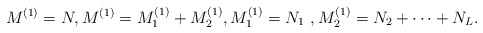
\begin{align*}M^{(1)} =N, M^{(1)} = M^{(1)}_1 + M^{(1)}_2, M^{(1)}_1 = N_1~, M^{(1)}_2 = N_2 + \dots + N_L. \end{align*}